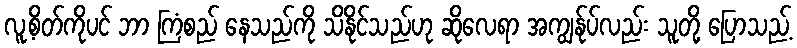
လူ့စိတ်ကိုပင် ဘာ ကြံစည် နေသည်ကို သိနိုင်သည်ဟု ဆိုလေရာ အကျွန်ုပ်လည်း သူတို့ ပြောသည့်